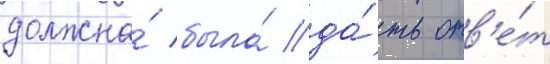
должна́ была́ да́ть отв'е́т